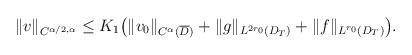
LaTeX: \begin{align*}&\|v\|_{C^{\alpha/2,\alpha}}\leq K_1\big(\|v_0\|_{C^\alpha(\overline{D})}+\|g\|_{L^{2r_0}(D_T)}+\|f\|_{L^{r_0}(D_T)}\big).\end{align*}